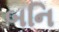
બનિ